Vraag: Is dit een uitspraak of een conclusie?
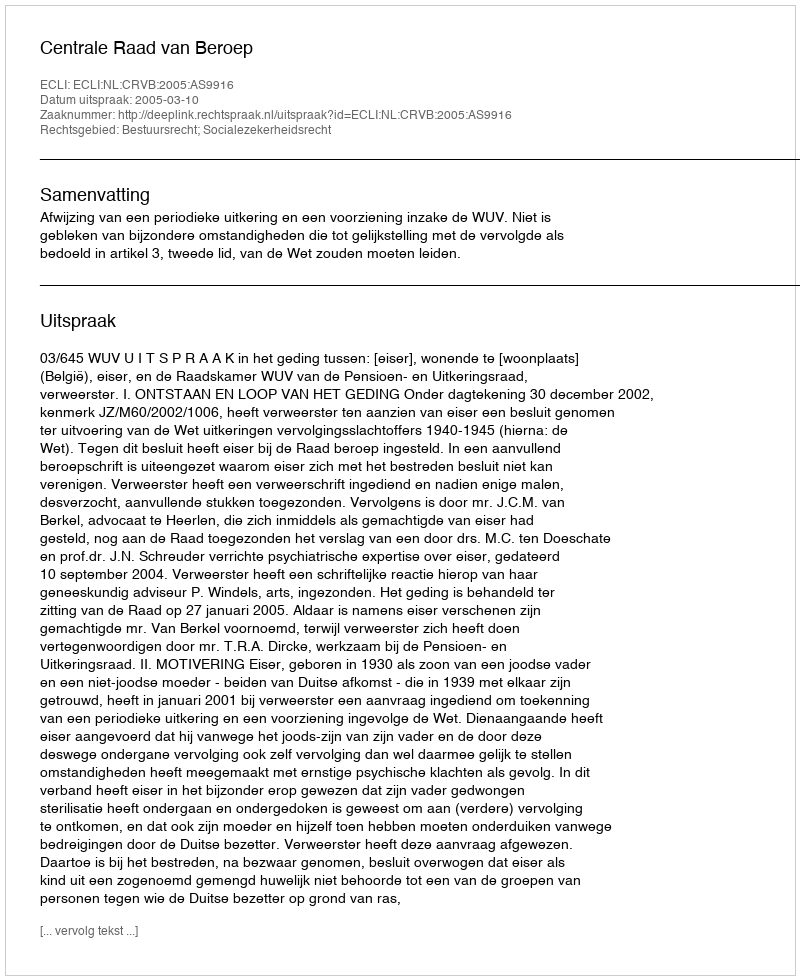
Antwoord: Uitspraak